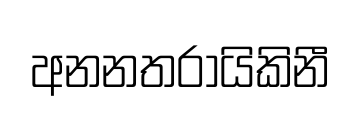
අනනතරායිකිනී